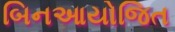
બિનઆયોજિત